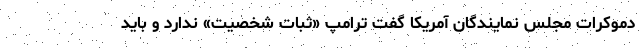
دموکرات مجلس نمایندگان آمریکا گفت ترامپ «ثبات شخصیت» ندارد و باید